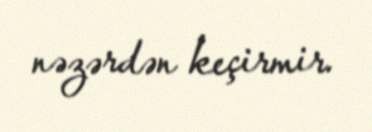
nəzərdən keçirmir.